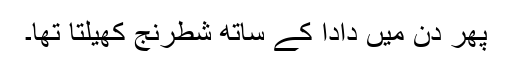
پھر دن میں دادا کے ساتھ شطرنج کھیلتا تھا۔